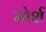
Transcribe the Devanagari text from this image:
मोर्श